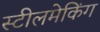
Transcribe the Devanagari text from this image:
स्टीलमेकिंग